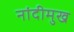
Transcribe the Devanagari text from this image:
नांदीमुख